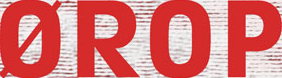
OROP